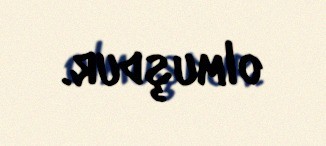
olmuşdur.